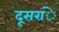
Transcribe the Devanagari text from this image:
दूसरांे